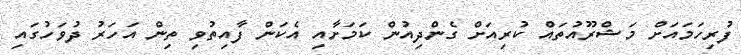
ފުރިހަމައަށް މަޝްރޫއުތައް ކުރިއަށް ގެންދިއުން ކަމަށާއި އެކަން ފާއިތުވި ތިން އަހަރު ދުވަހުގައި